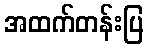
အထက်တန်းပြ